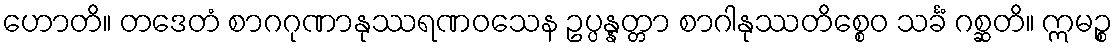
ဟောတိ။ တဒေတံ စာဂဂုဏာနုဿရဏဝသေန ဥပ္ပန္နတ္တာ စာဂါနုဿတိစ္စေဝ သင်္ခံ ဂစ္ဆတိ။ ဣမဉ္စ